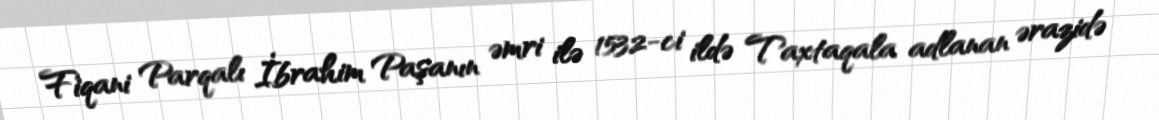
Fiqani Parqalı İbrahim Paşanın əmri ilə 1532-ci ildə Taxtaqala adlanan ərazidə